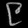
Digit: ၉